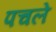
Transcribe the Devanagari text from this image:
पचले